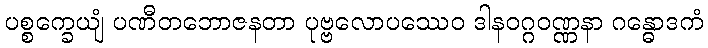
ပစ္စက္ခေယျံ ပဏီတဘောဇနတာ ပုဗ္ဗလောပဿေဝ ဒါနဝဂ္ဂဝဏ္ဏနာ ဂန္ဓောဒကံ